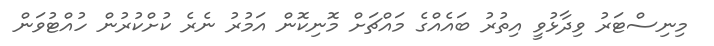
މިނިސްޓަރު ވިދާޅުވީ އިތުރު ބައެއްގެ މައްޗަށް މޮނިކޮން އަމުރު ނެރެ ކުށްކުރުން ހުއްޓުވަން